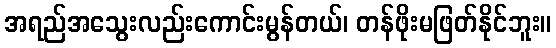
အရည်အသွေးလည်းကောင်းမွန်တယ်၊ တန်ဖိုးမဖြတ်နိုင်ဘူး။